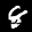
Label: 8